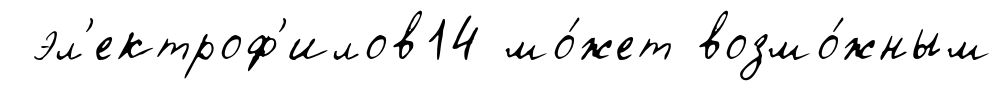
эл'ектроф'илов14 мо́жет возмо́жным